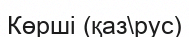
Көрші (қаз\рус)